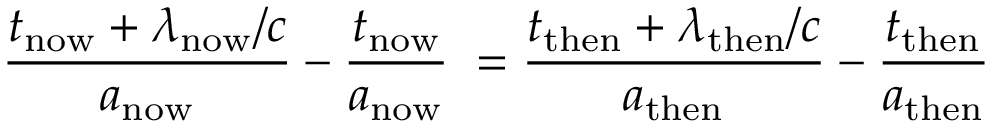
{ \frac { t _ { \mathrm { n o w } } + \lambda _ { \mathrm { n o w } } / c } { a _ { \mathrm { n o w } } } } - { \frac { t _ { \mathrm { n o w } } } { a _ { \mathrm { n o w } } } } \; = { \frac { t _ { \mathrm { t h e n } } + \lambda _ { \mathrm { t h e n } } / c } { a _ { \mathrm { t h e n } } } } - { \frac { t _ { \mathrm { t h e n } } } { a _ { \mathrm { t h e n } } } }